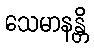
သေမာနန္တိ